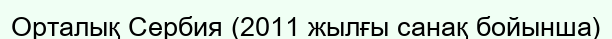
Орталық Сербия (2011 жылғы санақ бойынша)